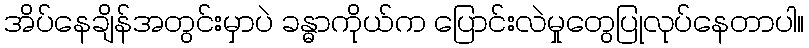
အိပ်နေချိန်အတွင်းမှာပဲ ခန္ဓာကိုယ်က ပြောင်းလဲမှုတွေပြုလုပ်နေတာပါ။